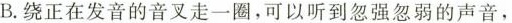
B.绕正在发音的音叉走一圈，可以听到忽强忽弱的声音，